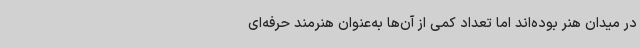
در میدان هنر بوده‌اند اما تعداد کمی از آن‌ها به‌عنوان هنرمند حرفه‌ای